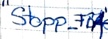
Text: "Stopp_FB1"